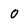
Character: O